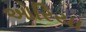
ઓરિયા